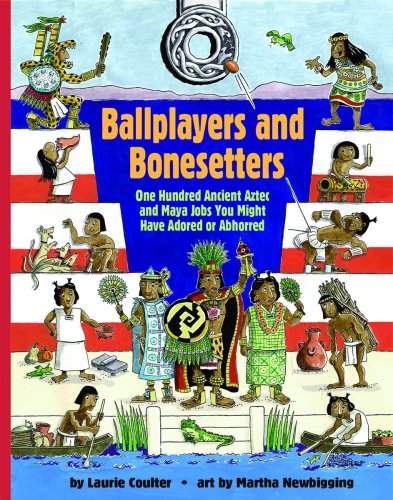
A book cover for Ballplayers and Bonesetters: One Hundred Ancient Aztec and Maya Jobs You Might Have Adored or Abhorred (Jobs in History); Laurie Coulter; History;